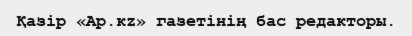
Қазір «Ар.кz» газетінің бас редакторы.